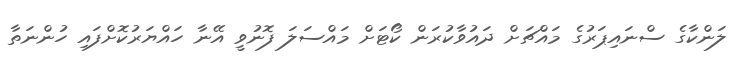
ލަންކާގެ ސްނައިޕަރުގެ މައްޗަށް ދައުވާކުރަން ކޯޓަށް މައްސަލަ ފޮނުވީ އޭނާ ހައްޔަރުކޮށްފައި ހުންނަތާ